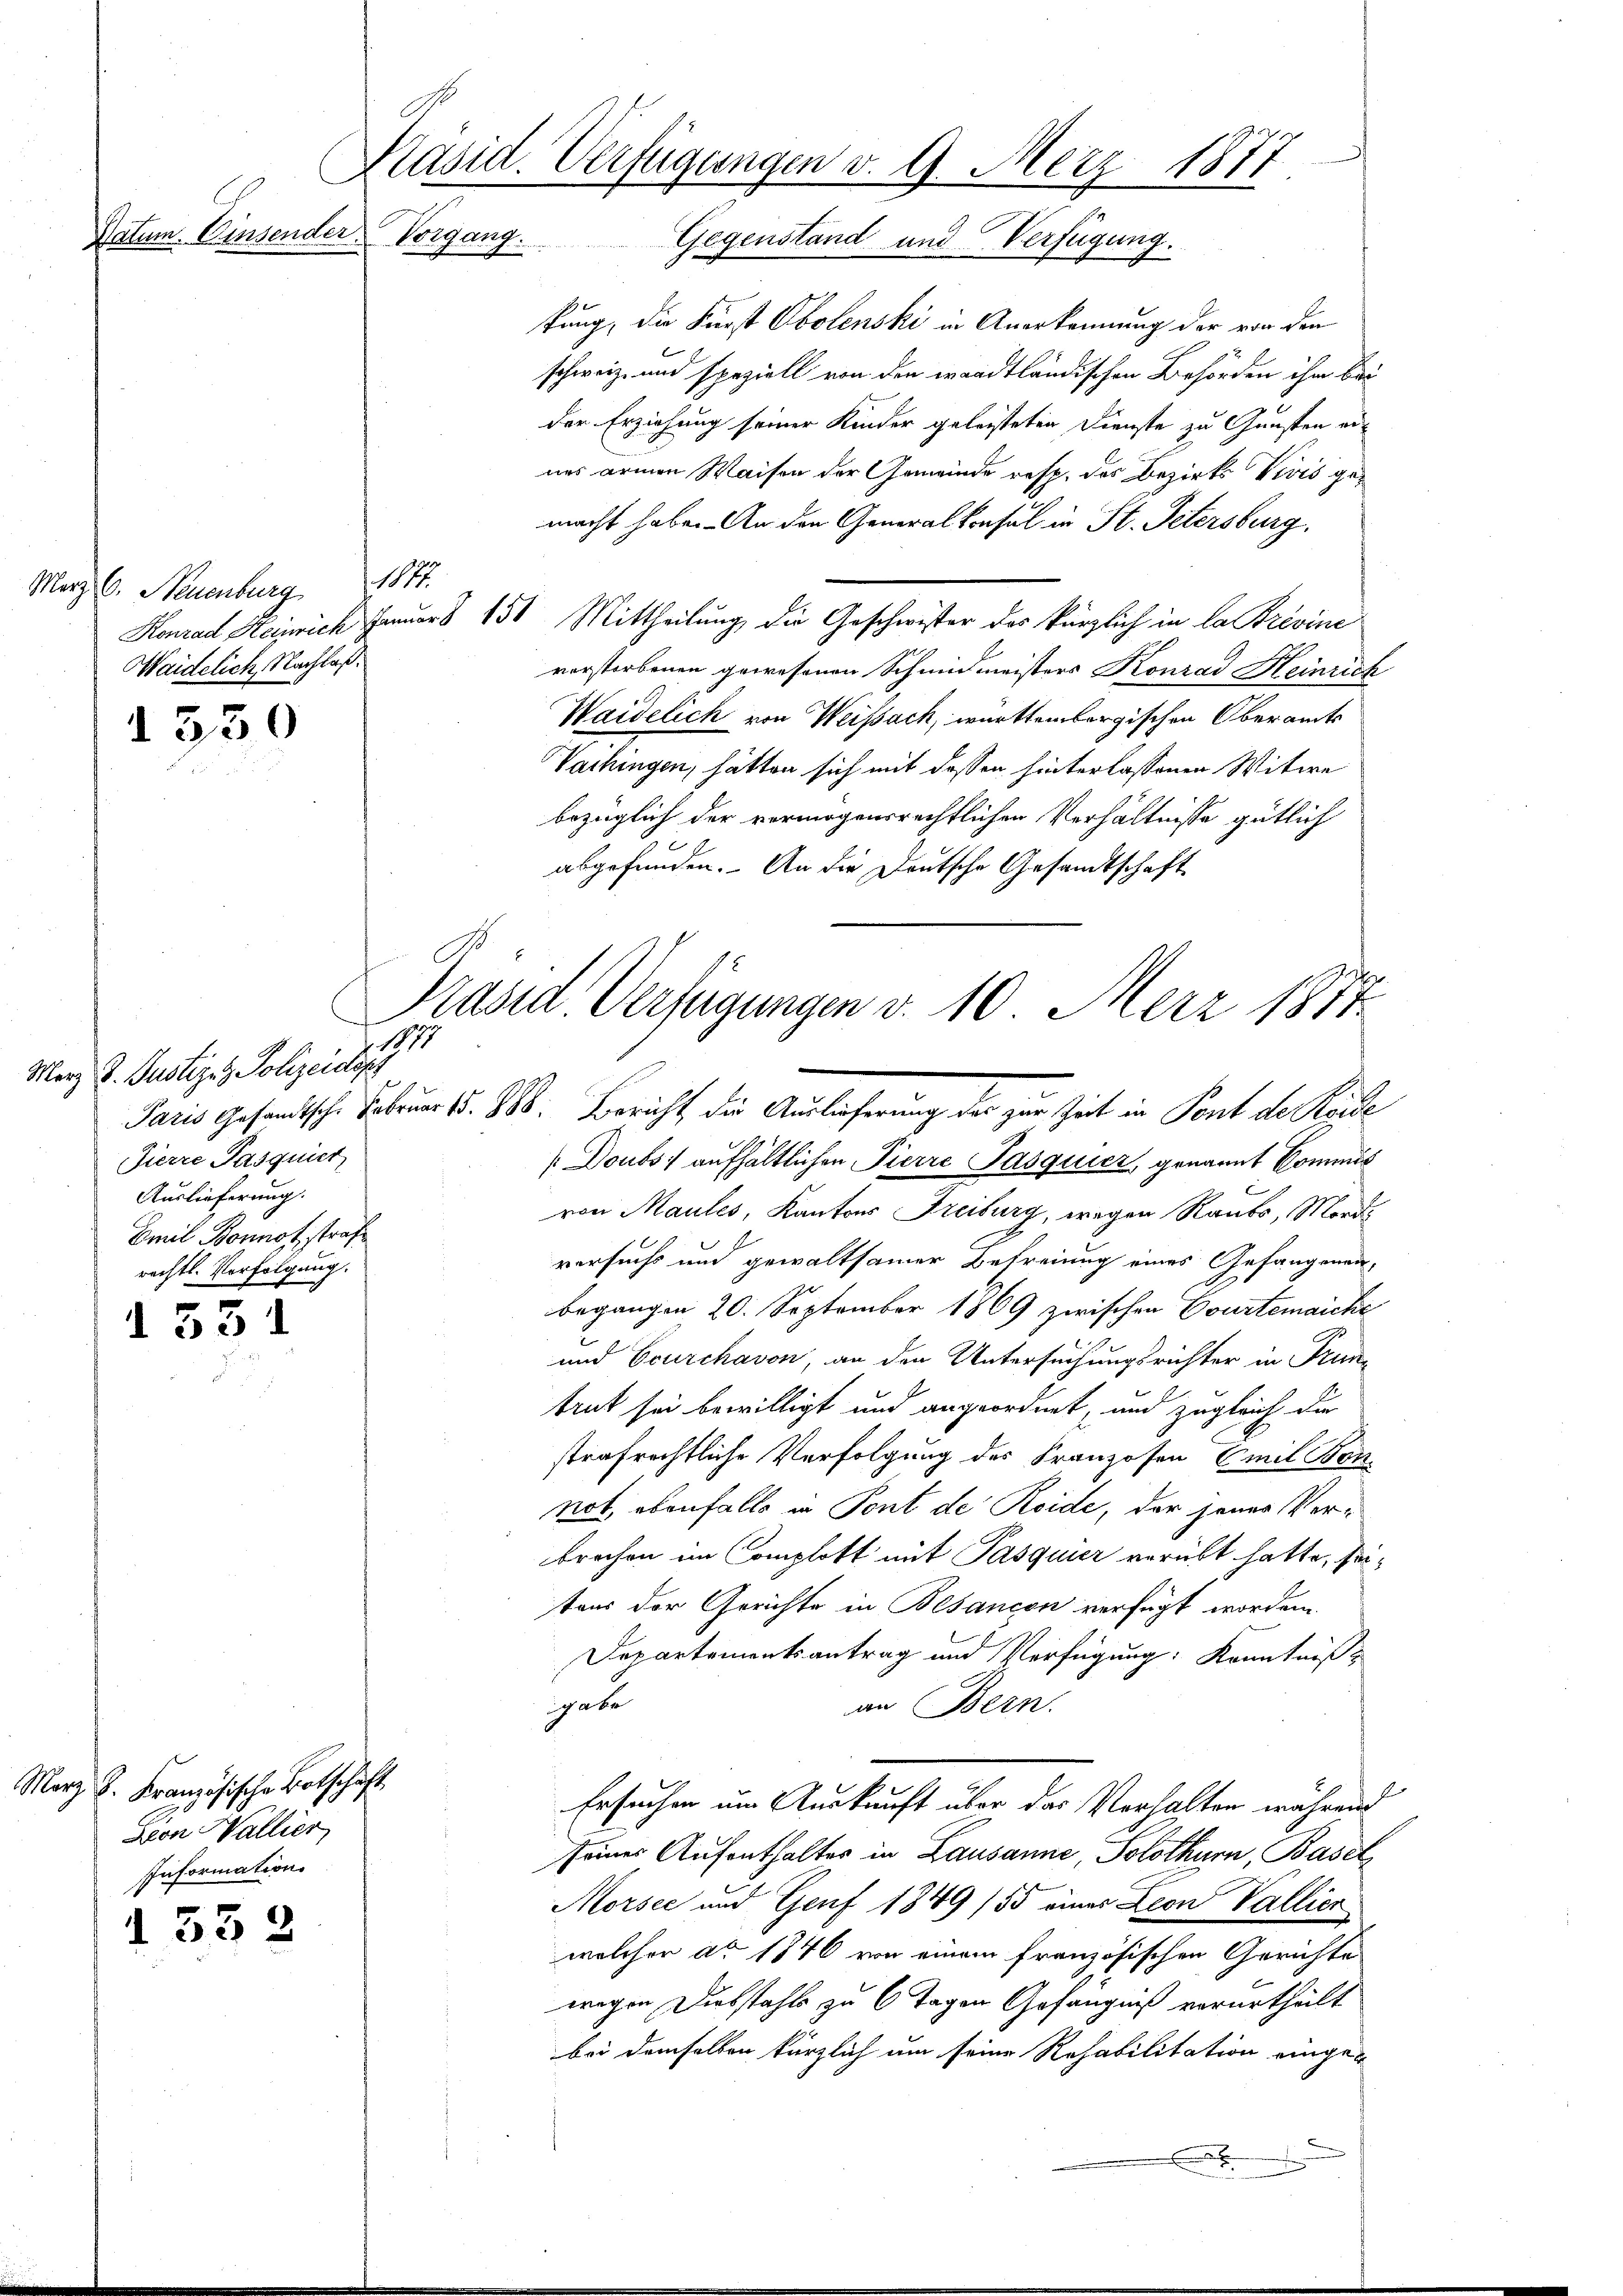
Datum. Einsender Vorgang.

Marz. C. Neuenburg 1847.
Waidelich, Nachlaß.

1330

f
117
Merz d. Justizenz Polizeidiss
Pierre Pasquier
Auslieferung.
Emil Bonnot strafe
rechtl. Verfolgung.

d 531

Marz. B. Französische Botschaft
Sion Wallier
Informations

1532

Päsid. Verfügungen v. 9. März 1877
Gegenstand und Verfügung.

kung, die Fürst Obolenski in Anerkennung der von den
schweiz und speziell von den waadtländischen Behörden ihm bei
der Erziehung seiner Kinder geleisteten Dienste zu Gunsten ei-
nes armen Waisen der Gemeinde resp. des Bezirks Vivis gemacht habe. An den Generalkonsul in St. Petersburg.
Konrad Heinrich Januar § 151 Mittheilung die Geschwister das kürzlich in la Brevine
vorstorbenen gewesenen Schmidmeisters Konrad Heinrich
Waidelich von Weissach, württembergischen Oberamts
Vaihingen, hätten sich mit dessen hinterlassenen Witwe
bezüglich der vermögensrechtlichen Verhältnisse gütlich
abgefunden. An die Deutsche Gesandtschaft

Präsid. Verfügungen d. 10. Merz 1887
Paris gesandtsche Februar 15. M. Bericht der Auslicherung der zur Zeit in Pont des Kaise

/Doubs: aufhältlichen Pierre Pasquicz, genannt kommis
von Maules, Kantons Freiburg, wegen Raubs, Mordversuchs und gewaltsamer Befreiung eines Gefangenen-
begangen 20. September 1869 zwischen Courtenaiche
und Ecurchavon, an den Untersuchungsrichter in Truntrut sei bewilligt und angeordnet, und zugleich die
strafrechtliche Verfolgung des Franzosen Emil Bonnot, ebenfalls in Font de Reide, der jenes Verbrechen im Complott mit Pasquier verübt hatte, seitaus der Gerichte in Besancen verfügt worden.
Departementsantrag und Verfügung: Kenntniß
gebe
an Bern.
Ersuchen um Auskunft über das Verhalten während
seines Aufenthalter in Lausanne, Solothurn, Basel
Morsee und Genf 1849 (55 eines Leon Vallier
welcher ad 1846 von einem französischen Gerichte
wegen Diebstahls zu 6 Tagen Gefängniß verurtheilt
bei demselben kürzlich um seine Rehabilitation eingex